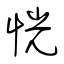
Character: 恍